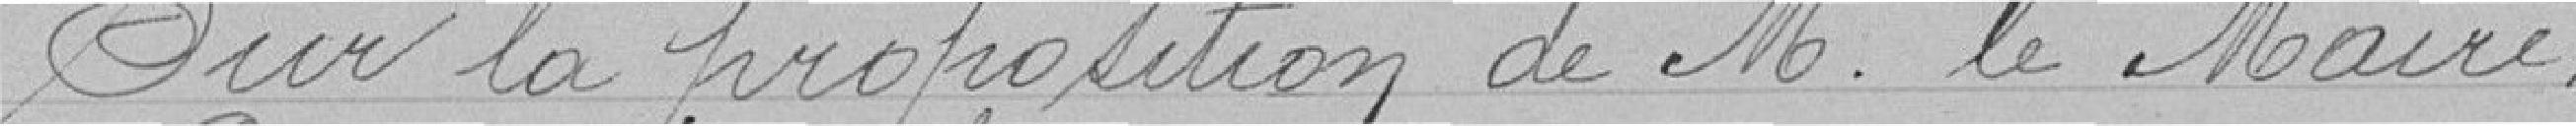
Sur la proposition de M. le Maire,